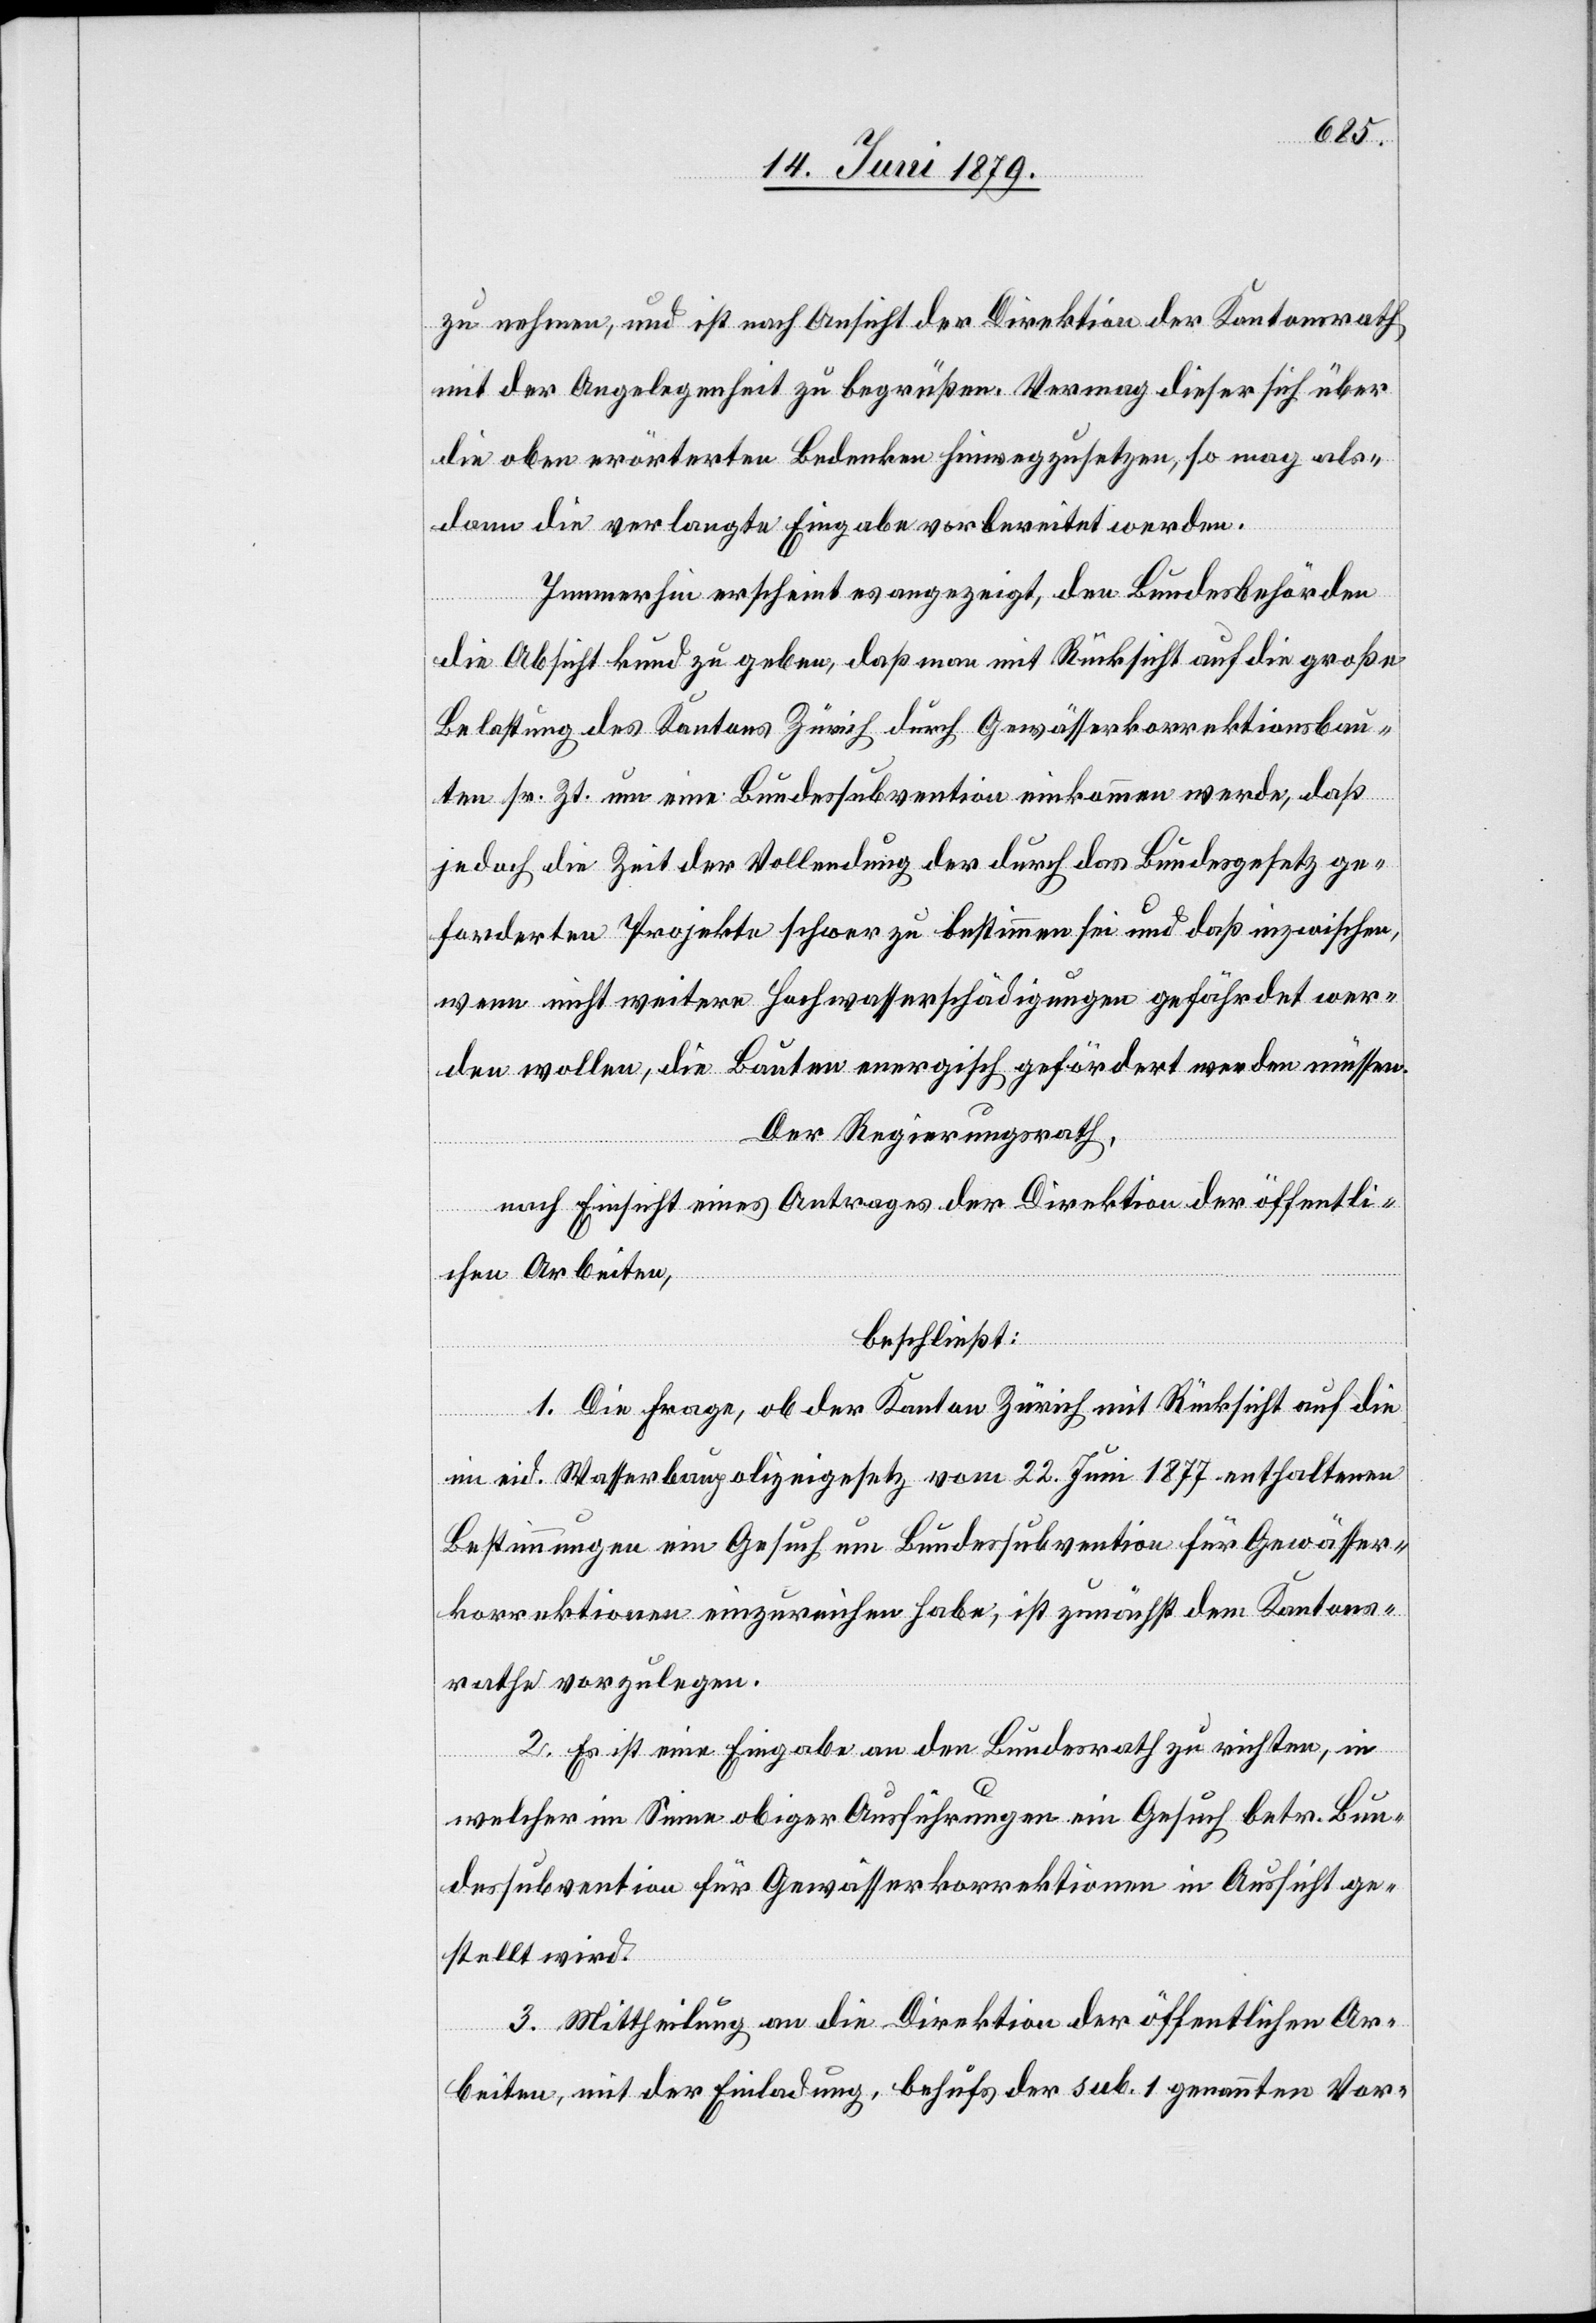
zu nehmen, und ist nach Ansicht der Direktion der Kantonsrath
mit der Angelegenheit zu begrüßen. Vermag dieser sich über
die oben erörterten Bedenken hinwegzusetzen, so mag als¬
dann die verlangte Eingabe vorbereitet werden.
Immerhin erscheint es angezeigt, den Bundesbehörden
die Absicht kund zu geben, daß man mit Rücksicht auf die große
Belastung des Kantons Zürich durch Gewässerkorrektionsbau¬
ten sr. Zt. um eine Bundessubvention einkommen werde, daß
jedoch die Zeit der Vollendung der durch das Bundesgesetz ge¬
forderten Projekte schwer zu bestimmen sei und daß inzwischen,
wenn nicht weitere Hochwasserschädigungen gefährdet wer¬
den wollen, die Bauten energisch gefördert werden müssen.
Der Regierungsrath,
nach Einsicht eines Antrages der Direktion der öffentli¬
chen Arbeiten,
beschließt:
1. Die Frage, ob der Kanton Zürich mit Rücksicht auf die
im eid. Wasserbaupolizeigesetz vom 22. Juni 1877 enthaltenen
Bestimmungen ein Gesuch um Bundessubvention für Gewässer¬
korrektionen einzureichen habe, ist zunächst dem Kantons¬
rathe vorzulegen.
2. Es ist eine Eingabe an den Bundesrath zu richten, in
welcher im Sinne obiger Ausführungen ein Gesuch betr. Bun¬
dessubvention für Gewässerkorrektionen in Aussicht ge¬
stellt wird.
3. Mittheilung an die Direktion der öffentlichen Ar¬
beiten, mit der Einladung, behufs der sub. 1 genannten Vor-